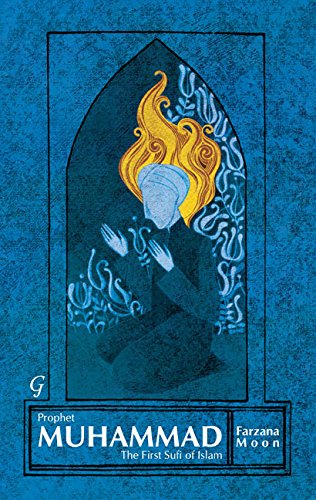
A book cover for Prophet Muhammad: The First Sufi of Islam; Farzana Moon; Religion & Spirituality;